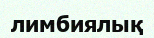
лимбиялық